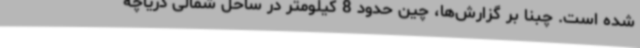
شده است. چبنا بر گزارش‌ها، چین حدود 8 کیلومتر در ساحل شمالی دریاچه